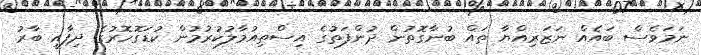
ނަމަވެސް ބައެއް ނަޒަރިއްޔާ ތައް ބުނާގޮތުން ދުންފަތުގެ އިސްތިއުމާލުކުރުމުން ކުޑަގޮހޮރުގެ ދިފާއީ ބާރު